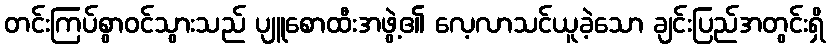
တင်းကြပ်စွာဝင်သွားသည် ပျူစောထီးအဖွဲ့၏ လေ့လာသင်ယူခဲ့သော ချင်းပြည်အတွင်းရှိ